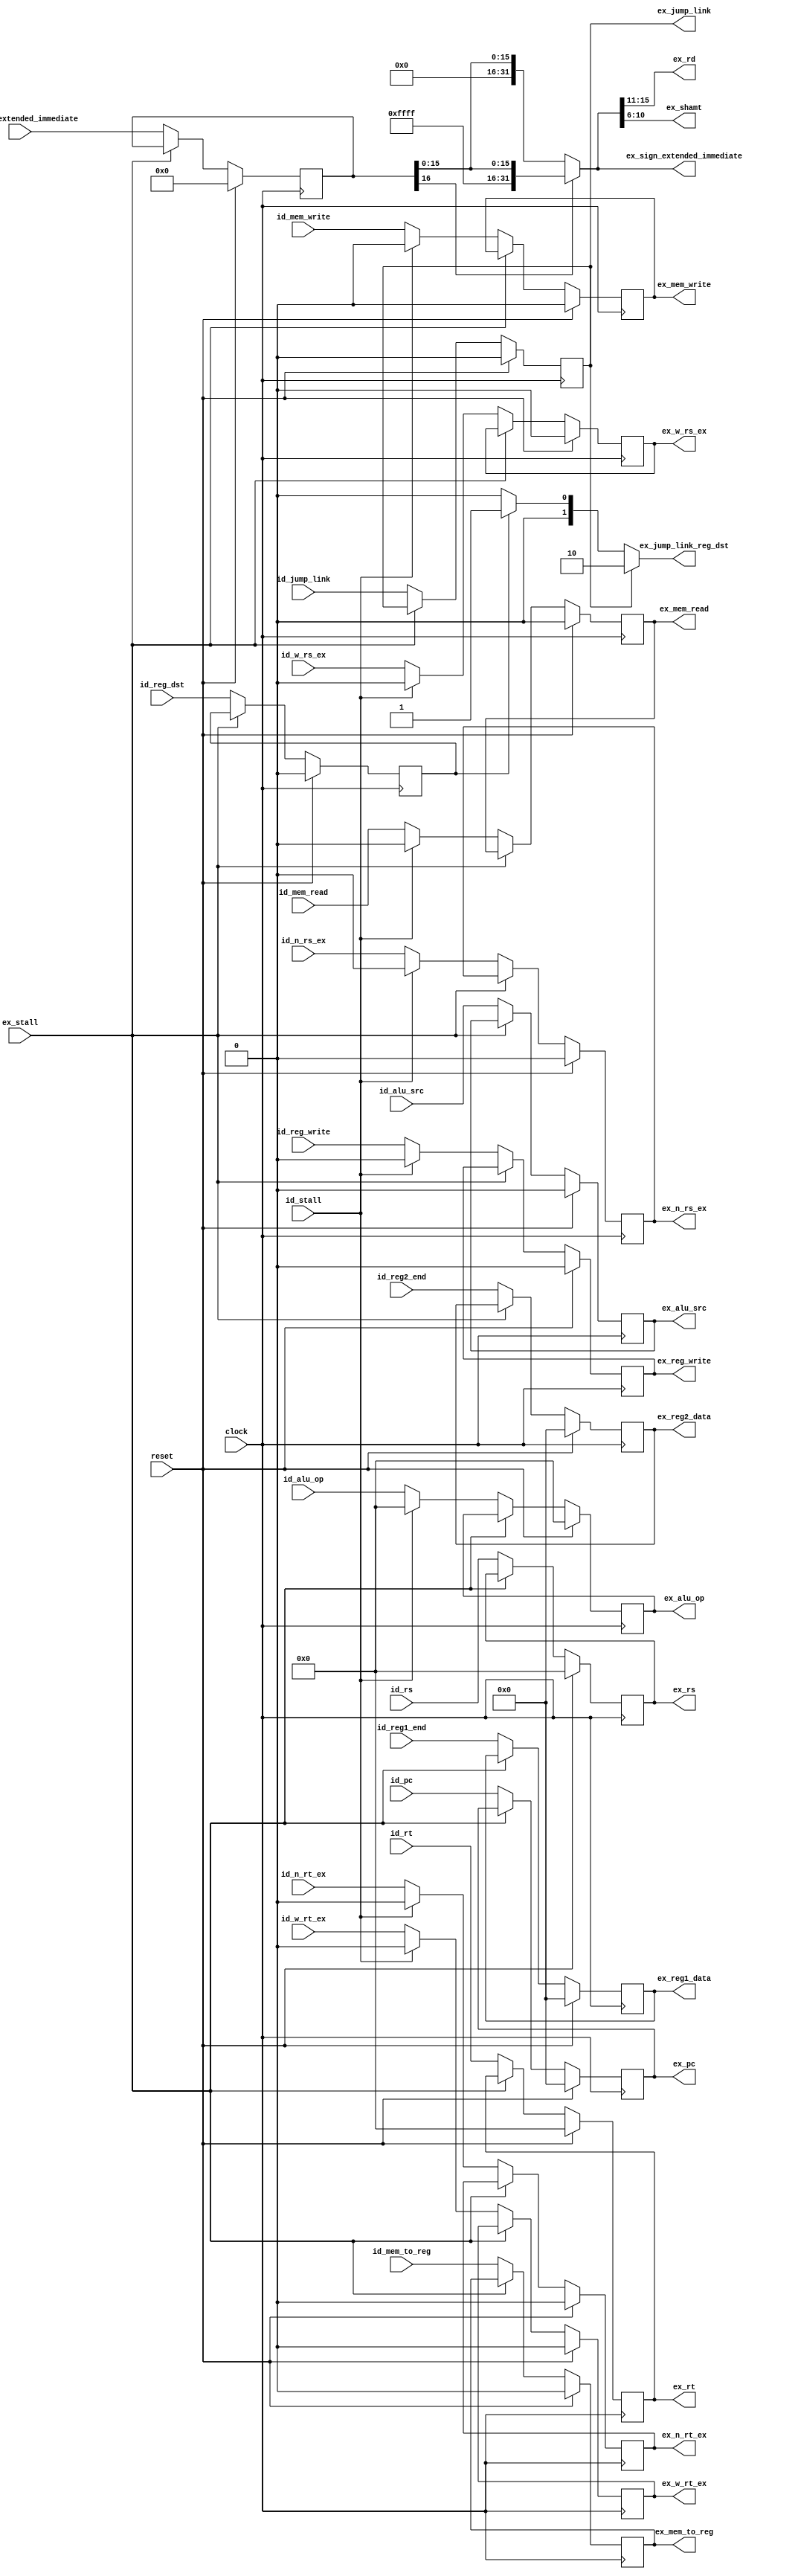
module Instruction_Decode_Execute_Pipeline (
    input           clock,
    input           reset,
    input           id_stall,
    input           ex_stall,
    // Control
    input           id_jump_link,
    input           id_reg_dst,
    input           id_alu_src,
    input [4:0]     id_alu_op,
    input           id_mem_read,
    input           id_mem_write,
    input           id_mem_to_reg,
    input           id_reg_write,
    //Hazard
    input [4:0]     id_rs,
    input [4:0]     id_rt,
    input           id_w_rs_ex,
    input           id_n_rs_ex,
    input           id_w_rt_ex,
    input           id_n_rt_ex,
    //Data
    input [31:0]    id_reg1_end,
    input [31:0]    id_reg2_end,
    input [31:0]    id_pc,
    input [16:0]    id_sign_extended_immediate,
    //Outputs

    output reg          ex_jump_link,
    output     [1:0]    ex_jump_link_reg_dst,
    output reg          ex_alu_src,
    output reg [4:0]    ex_alu_op,
    output reg          ex_mem_read,
    output reg          ex_mem_write,
    output reg          ex_mem_to_reg,
	output reg          ex_reg_write,
    output reg [4:0]    ex_rs,
    output reg [4:0]    ex_rt,
    output reg          ex_w_rs_ex,
    output reg          ex_n_rs_ex,
    output reg          ex_w_rt_ex,
    output reg          ex_n_rt_ex,
    output reg [31:0]   ex_reg1_data,
    output reg [31:0]   ex_reg2_data,
    output reg [31:0]   ex_pc,
    output     [31:0]   ex_sign_extended_immediate,
    output     [4:0]    ex_rd,
    output     [4:0]    ex_shamt
);

    reg [16:0] ex_sign_ex_imm_creator;
    reg ex_reg_dst;

    //Defines the destination register for the instruction if its a JAL : R = 31, if immediate : rt, if other rd
    assign ex_jump_link_reg_dst = (ex_jump_link) ? 2'b10 : ( (ex_reg_dst) ? 2'b01 : 2'b00 );
    //Extracts RD from immediate
    assign ex_rd = ex_sign_extended_immediate[15:11];
    //Extracts the Shamt from immediate
    assign ex_shamt = ex_sign_extended_immediate[10:6];
    //Creates de signal extended immediate (TODO This line can be better)
    assign ex_sign_extended_immediate = (ex_sign_ex_imm_creator[16]) ? {15'h7fff, ex_sign_ex_imm_creator[16:0]} : {15'h0000, ex_sign_ex_imm_creator[16:0]};

    always @ (posedge clock) begin
        ex_jump_link            <= (reset) ? 1'b0   : ( (ex_stall) ? ex_jump_link : id_jump_link );
        ex_reg_dst              <= (reset) ? 1'b0   : ( (ex_stall) ? ex_reg_dst : id_reg_dst);
        ex_alu_src              <= (reset) ? 1'b0   : ( (ex_stall) ? ex_alu_src : id_alu_src);
        ex_alu_op               <= (reset) ? 5'b0   : ( (ex_stall) ? ex_alu_op : ( (id_stall) ? 5'b0 : id_alu_op));
        ex_mem_read             <= (reset) ? 1'b0   : ( (ex_stall) ? ex_mem_read : ( (id_stall) ? 1'b0 : id_mem_read));
        ex_mem_write            <= (reset) ? 1'b0   : ( (ex_stall) ? ex_mem_write : ( (id_stall) ? 1'b0 : id_mem_write));
        ex_mem_to_reg           <= (reset) ? 1'b0   : ( (ex_stall) ? ex_mem_to_reg : id_mem_to_reg);
        ex_reg_write            <= (reset) ? 1'b0   : ( (ex_stall) ? ex_reg_write : ( (id_stall) ? 1'b0 : id_reg_write));
        ex_reg1_data            <= (reset) ? 32'b0  : ( (ex_stall) ? ex_reg1_data : id_reg1_end);
        ex_reg2_data            <= (reset) ? 32'b0  : ( (ex_stall) ? ex_reg2_data : id_reg2_end);
        ex_pc                   <= (reset) ? 32'b0  : ( (ex_stall) ? ex_pc : id_pc);
        ex_sign_ex_imm_creator  <= (reset) ? 17'b0  : ( (ex_stall) ? ex_sign_ex_imm_creator : id_sign_extended_immediate);
        ex_rs                   <= (reset) ? 5'b0   : ( (ex_stall) ? ex_rs : id_rs);
        ex_rt                   <= (reset) ? 5'b0   : ( (ex_stall) ? ex_rt : id_rt);
        ex_w_rs_ex              <= (reset) ? 1'b0   : ( (ex_stall) ? ex_w_rs_ex : ( (id_stall) ? 1'b0 : id_w_rs_ex));
        ex_n_rs_ex              <= (reset) ? 1'b0   : ( (ex_stall) ? ex_n_rs_ex : ( (id_stall) ? 1'b0 : id_n_rs_ex));
        ex_w_rt_ex              <= (reset) ? 1'b0   : ( (ex_stall) ? ex_w_rt_ex : ( (id_stall) ? 1'b0 : id_w_rt_ex));
        ex_n_rt_ex              <= (reset) ? 1'b0   : ( (ex_stall) ? ex_n_rt_ex : ( (id_stall) ? 1'b0 : id_n_rt_ex));
    end

endmodule